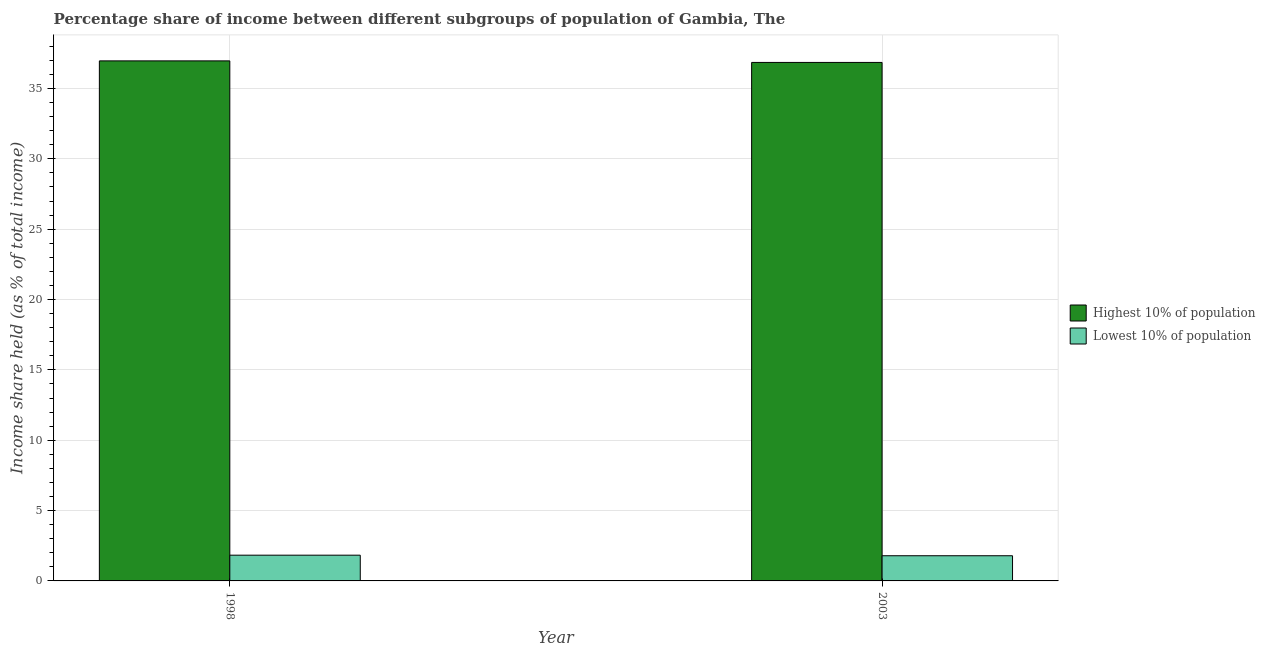
| Year | Highest 10% of population | Lowest 10% of population |
 | --- | --- | --- |
 | 1998 | 37 | 1.83 |
 | 2003 | 36.9 | 1.79 |